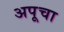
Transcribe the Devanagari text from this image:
अपूचा